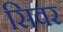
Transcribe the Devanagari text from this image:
सिवर